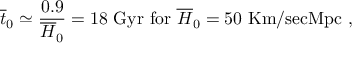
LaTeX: \overline { { { t } } } _ { 0 } \simeq \frac { 0 . 9 } { \overline { { { H } } } _ { 0 } } = 1 8 ~ \mathrm { G y r ~ f o r ~ } \overline { { { H } } } _ { 0 } = 5 0 \mathrm { ~ K m / s e c M p c } ~ ,